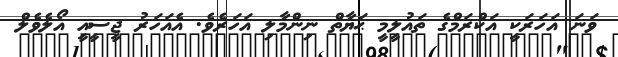
ވަނަ އަހަރަކީ އަކްރަމްގެ ތައުލީމީ ޙަޔާތް ނިންމާލި އަހަރެވެ. އެއަހަރު ޖީސީއީ އޯލެވެލް